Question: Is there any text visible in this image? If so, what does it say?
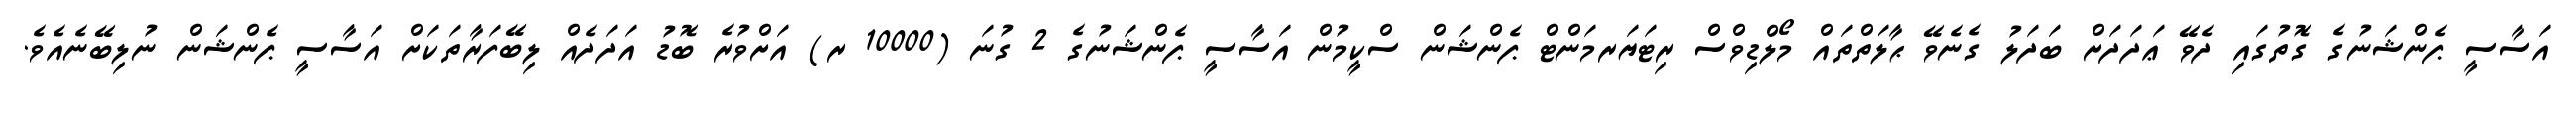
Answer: އަސާސީ ޕެންޝަނުގެ ގޮތުގައި ދެވޭ ޢަދަދަށް ބަދަލު ގެނެވޭ ޙާލަތްތައް މޯލްޑިވްސް ރިޓަޔަރމަންޓް ޕެންޝަން ސްކީމުން އަސާސީ ޕެންޝަނުގެ 2 ގުނަ (10000 ރ) އަށްވުރެ ބޮޑު އަދަދެއް ލިބޭފަރާތަކަށް އަސާސީ ޕެންޝަން ނުލިބޭނެއެވެ.